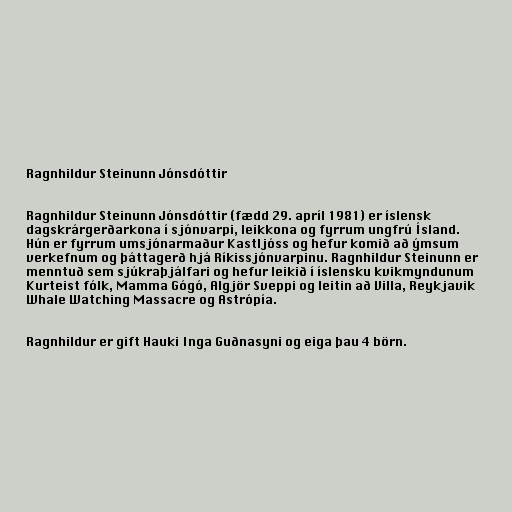
Ragnhildur Steinunn Jónsdóttir

Ragnhildur Steinunn Jónsdóttir (fædd 29. apríl 1981) er íslensk
dagskrárgerðarkona í sjónvarpi, leikkona og fyrrum ungfrú Ísland.
Hún er fyrrum umsjónarmaður Kastljóss og hefur komið að ýmsum
verkefnum og þáttagerð hjá Ríkissjónvarpinu. Ragnhildur Steinunn er
menntuð sem sjúkraþjálfari og hefur leikið í íslensku kvikmyndunum
Kurteist fólk, Mamma Gógó, Algjör Sveppi og leitin að Villa, Reykjavik
Whale Watching Massacre og Astrópía.

Ragnhildur er gift Hauki Inga Guðnasyni og eiga þau 4 börn.